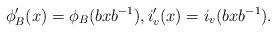
LaTeX: \begin{align*}\phi'_B (x) = \phi_B (b x b^{-1}), i'_v (x) = i_v ( b x b^{-1}).\end{align*}